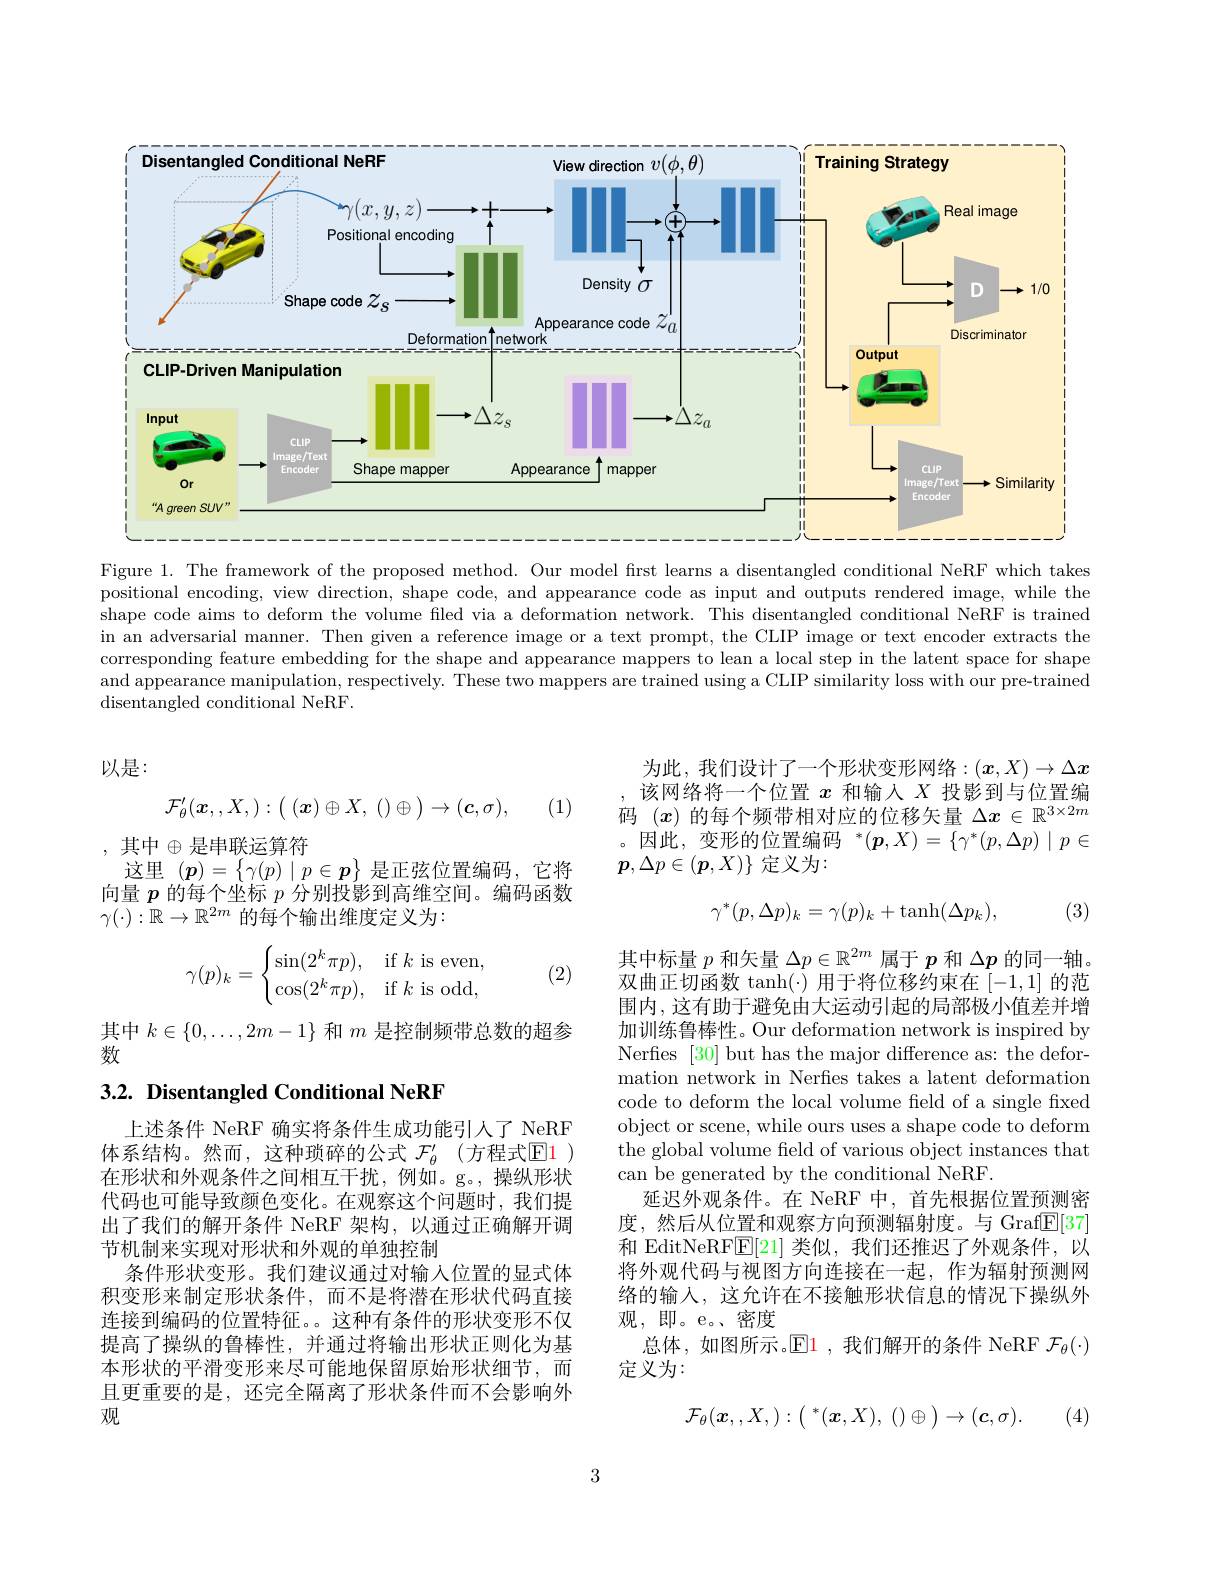
<FigureHere>

Figure 1. The framework of the proposed method. Our model frst learns a disentangled conditional NeRF which takes positional encoding, view direction, shape code, and appearance code as input and outputs rendered image, while the shape code aims to deform the volume filed via a deformation network. This disentangled conditional NeRF is trained in an adversarial manner. Then given a reference image or a text prompt, the CLIP image or text encoder extracts the corresponding feature embedding for the shape and appearance mappers to lean a local step in the latent space for shape and appearance manipulation, respectively. These two mappers are trained using a CLIP similarity loss with our pre-trained disentangled conditional NeRF.

以是：
$$\mathcal{F}_{\theta}^{\prime}(\boldsymbol{x},,X,):\big(\:(\boldsymbol{x})\oplus X,\:()\oplus\big)\to(\boldsymbol{c},\sigma),$$
(1)

为此，我们设计了一个形状变形网络$:(x,X)\to\Delta x$ 该网络将一个位置$x$和输入$X$投影到与位置编码$(x)$的每个频带相对应的位移矢量$\Delta x\in\mathbb{R}^3\times2m$ 。因此，变形的位置编码$^*(\boldsymbol{p},X)=\{\gamma^*(p,\Delta p)\mid p\in$ $\boldsymbol{p},\Delta p\in(\boldsymbol{p},X)\}$定义为：

, 其中$\oplus$是串联运算符
这里$(\boldsymbol{p})=\left\{\gamma(p)\mid p\in\boldsymbol{p}\right\}$是正弦位置编码，它将向量$\dot p$的每个坐标$\dot p$分别投影到高维空间。编码函数$\gamma(\cdot):\mathbb{R}\to\mathbb{R}^{2m}$的每个输出维度定义为：
$$\gamma^*(p,\Delta p)_k=\gamma(p)_k+\mathrm{tanh}(\Delta p_k),$$
(3)
$$\gamma(p)_k=\begin{cases}\sin(2^k\pi p),&\text{if}k\text{is even},\\\cos(2^k\pi p),&\text{if}k\text{is odd},\end{cases}$$
(2)

其中$k\in\{0,\ldots,2m-1\}$和$m$是控制频带总数的超参
数

## 3.2. Disentangled Conditional NeRF

其中标量$p$和矢量$\Delta p\in\mathbb{R}^{2m}$属于$p$和$\Delta p$的同一轴。双曲正切函数$\tanh(\cdot)$用于将位移约束在[-1,1]的范围内，这有助于避免由大运动引起的局部极小值差并增加训练鲁棒性。Our deformation network is inspired by Nerfies [30] but has the major difference as: the deformation network in Nerfies takes a latent deformation code to deform the local volume field of a single fixed object or scene, while ours uses a shape code to deform the global volume field of various object instances that can be generated by the conditional NeRF.
延迟外观条件。在 NeRF 中，首先根据位置预测密度，然后从位置和观察方向预测辐射度。与 Graf$\underline{\mathrm{E}}[37]$ 和 EditNeRF$\mathbb{E}[21]$类似，我们还推迟了外观条件，以将外观代码与视图方向连接在一起，作为辐射预测网络的输入，这允许在不接触形状信息的情况下操纵外观，即。e。密度
总体，如图所示。$\operatorname{El}$ ,我们解开的条件 NeRF $\mathcal{F}_\theta(\cdot)$
定义为：

上述条件 NeRF 确实将条件生成功能引人了 NeRF 体系结构。然而，这种琐碎的公式 $\mathcal{F}_\theta^{\prime}$ (方程式$\operatorname{El}$ ) 在形状和外观条件之间相互干扰，例如。g。,操纵形状代码也可能导致颜色变化。在观察这个问题时，我们提出了我们的解开条件 NeRF 架构，以通过正确解开调节机制来实现对形状和外观的单独控制
条件形状变形。我们建议通过对输入位置的显式体积变形来制定形状条件，而不是将潜在形状代码直接连接到编码的位置特征。。这种有条件的形状变形不仅提高了操纵的鲁棒性，并通过将输出形状正则化为基本形状的平滑变形来尽可能地保留原始形状细节，而且更重要的是，还完全隔离了形状条件而不会影响外观
$$\mathcal{F}_\theta(\boldsymbol{x},,X,):\bigl(\begin{smallmatrix}&*\\&(\boldsymbol{x},X),&(\end{smallmatrix}\bigr)\oplus\bigl)\to(\boldsymbol{c},\sigma).$$
(4)

3